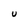
Character: U